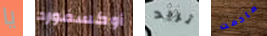
يا أوكسفورد تريد مادمت